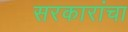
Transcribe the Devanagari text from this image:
सरकारांचा